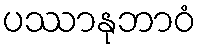
ပဿာနုဘာဝံ